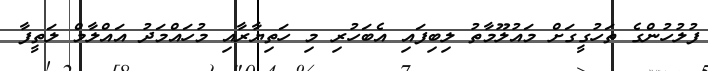
ފުލުހުންގެ ތަހުގީގަށް މައުލޫމާތު ލިބިފައި އެބަހުރި މި ހަތިޔާރާއި މުހައްމަދު އައްލާމް ލަތީފާ